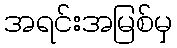
အရင်းအမြစ်မှ